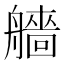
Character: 艢